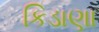
કિડાણા